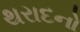
થરાદનો